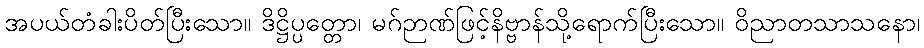
အပယ်တံခါးပိတ်ပြီးသော။ ဒိဋ္ဌိပ္ပတ္တော၊ မဂ်ဉာဏ်ဖြင့်နိဗ္ဗာန်သို့ရောက်ပြီးသော။ ဝိညာတသာသနော၊